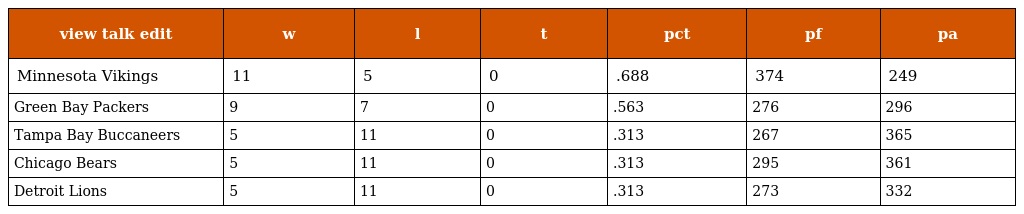
| view talk edit | w | l | t | pct | pf | pa |
 | --- | --- | --- | --- | --- | --- | --- |
 | Minnesota Vikings | 11 | 5 | 0 | .688 | 374 | 249 |
 | Green Bay Packers | 9 | 7 | 0 | .563 | 276 | 296 |
 | Tampa Bay Buccaneers | 5 | 11 | 0 | .313 | 267 | 365 |
 | Chicago Bears | 5 | 11 | 0 | .313 | 295 | 361 |
 | Detroit Lions | 5 | 11 | 0 | .313 | 273 | 332 |